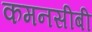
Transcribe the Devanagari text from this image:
कमनसीबी